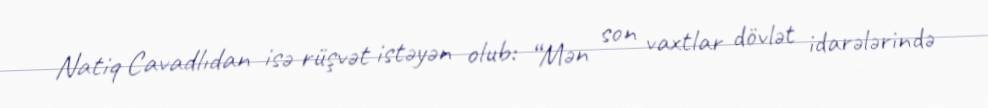
Natiq Cavadlıdan isə rüşvət istəyən olub: “Mən son vaxtlar dövlət idarələrində